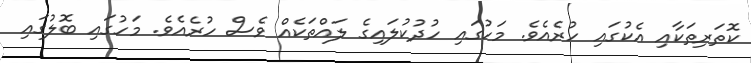
ކޮތަރިތަކާއި އެކުގައި ހުރެއެވެ. މަހުގައި ހުދުކުލައިގެ ލައްތަކެއް ވެސް ހުރެއެވެ. މަހުގައި ބޮލުގައި